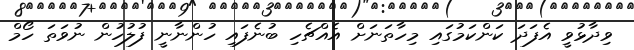
ވިދާޅުވީ އެފަދަ ކަންކަމުގައި މިހާތަނަށް އެއްޗެހި ބުނެފައި ހުންނާނީ ފުލުހުން ނުވަތަ ހޯމް